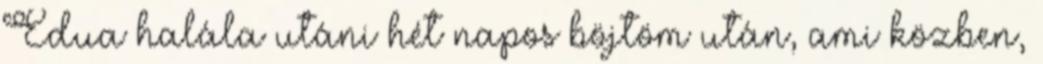
Edua halála utáni hét napos böjtöm után, ami közben,